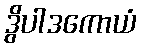
ဒွိပါဒကောယံ